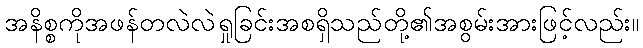
အနိစ္စကိုအဖန်တလဲလဲရှုခြင်းအစရှိသည်တို့၏အစွမ်းအားဖြင့်လည်း။